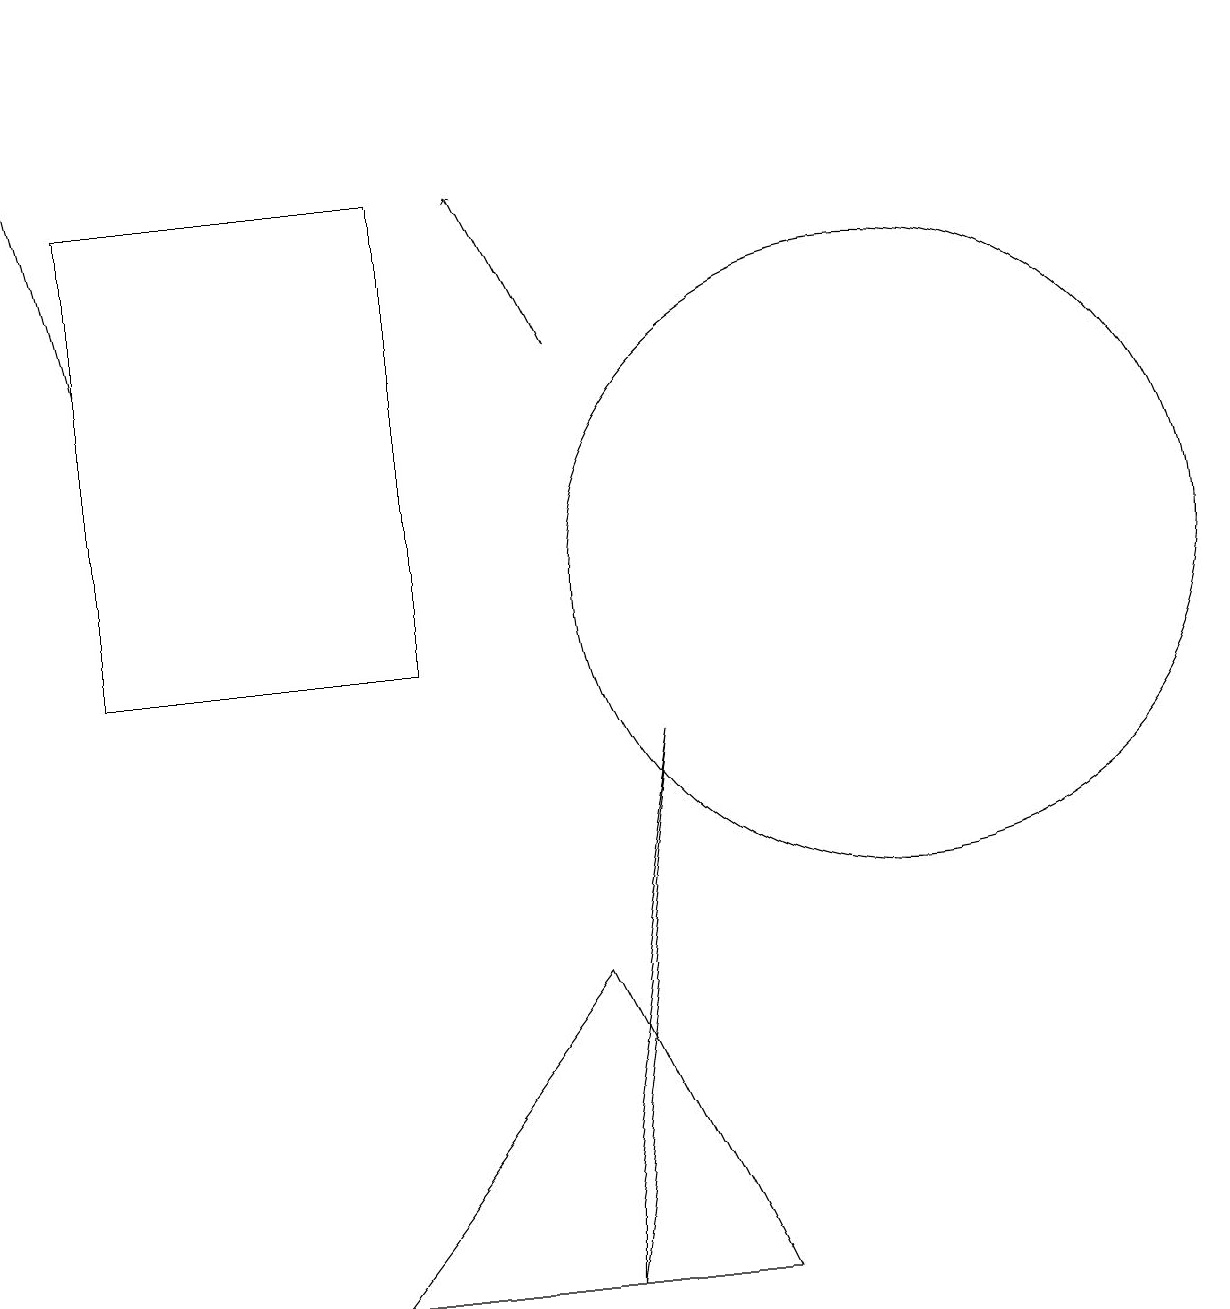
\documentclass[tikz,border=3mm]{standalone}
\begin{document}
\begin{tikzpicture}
\draw (1,16) rectangle (5,10);
\draw (11,11) circle (4);
\draw[->] (7,14) -- (6,16);
\draw (8,9) -- (7,2) -- (7,3) -- cycle;
\draw[->] (1,14) -- (0,18);
\draw (9,2) -- (4,2) -- (7,6) -- cycle;
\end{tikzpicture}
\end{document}